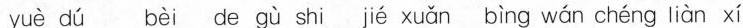
yuè dú bèi de gù shi jié xuǎn bìng wán chéng liàn xí